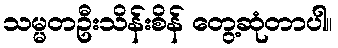
သမ္မတဦးသိန်းစိန် တွေ့ဆုံတာပါ။